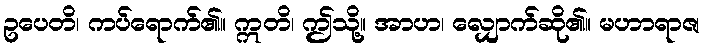
ဥပေတိ၊ ကပ်ရောက်၏။ ဣတိ၊ ဤသို့။ အာဟ၊ လျှောက်ဆို၏။ မဟာရာဇ၊